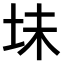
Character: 𫭥